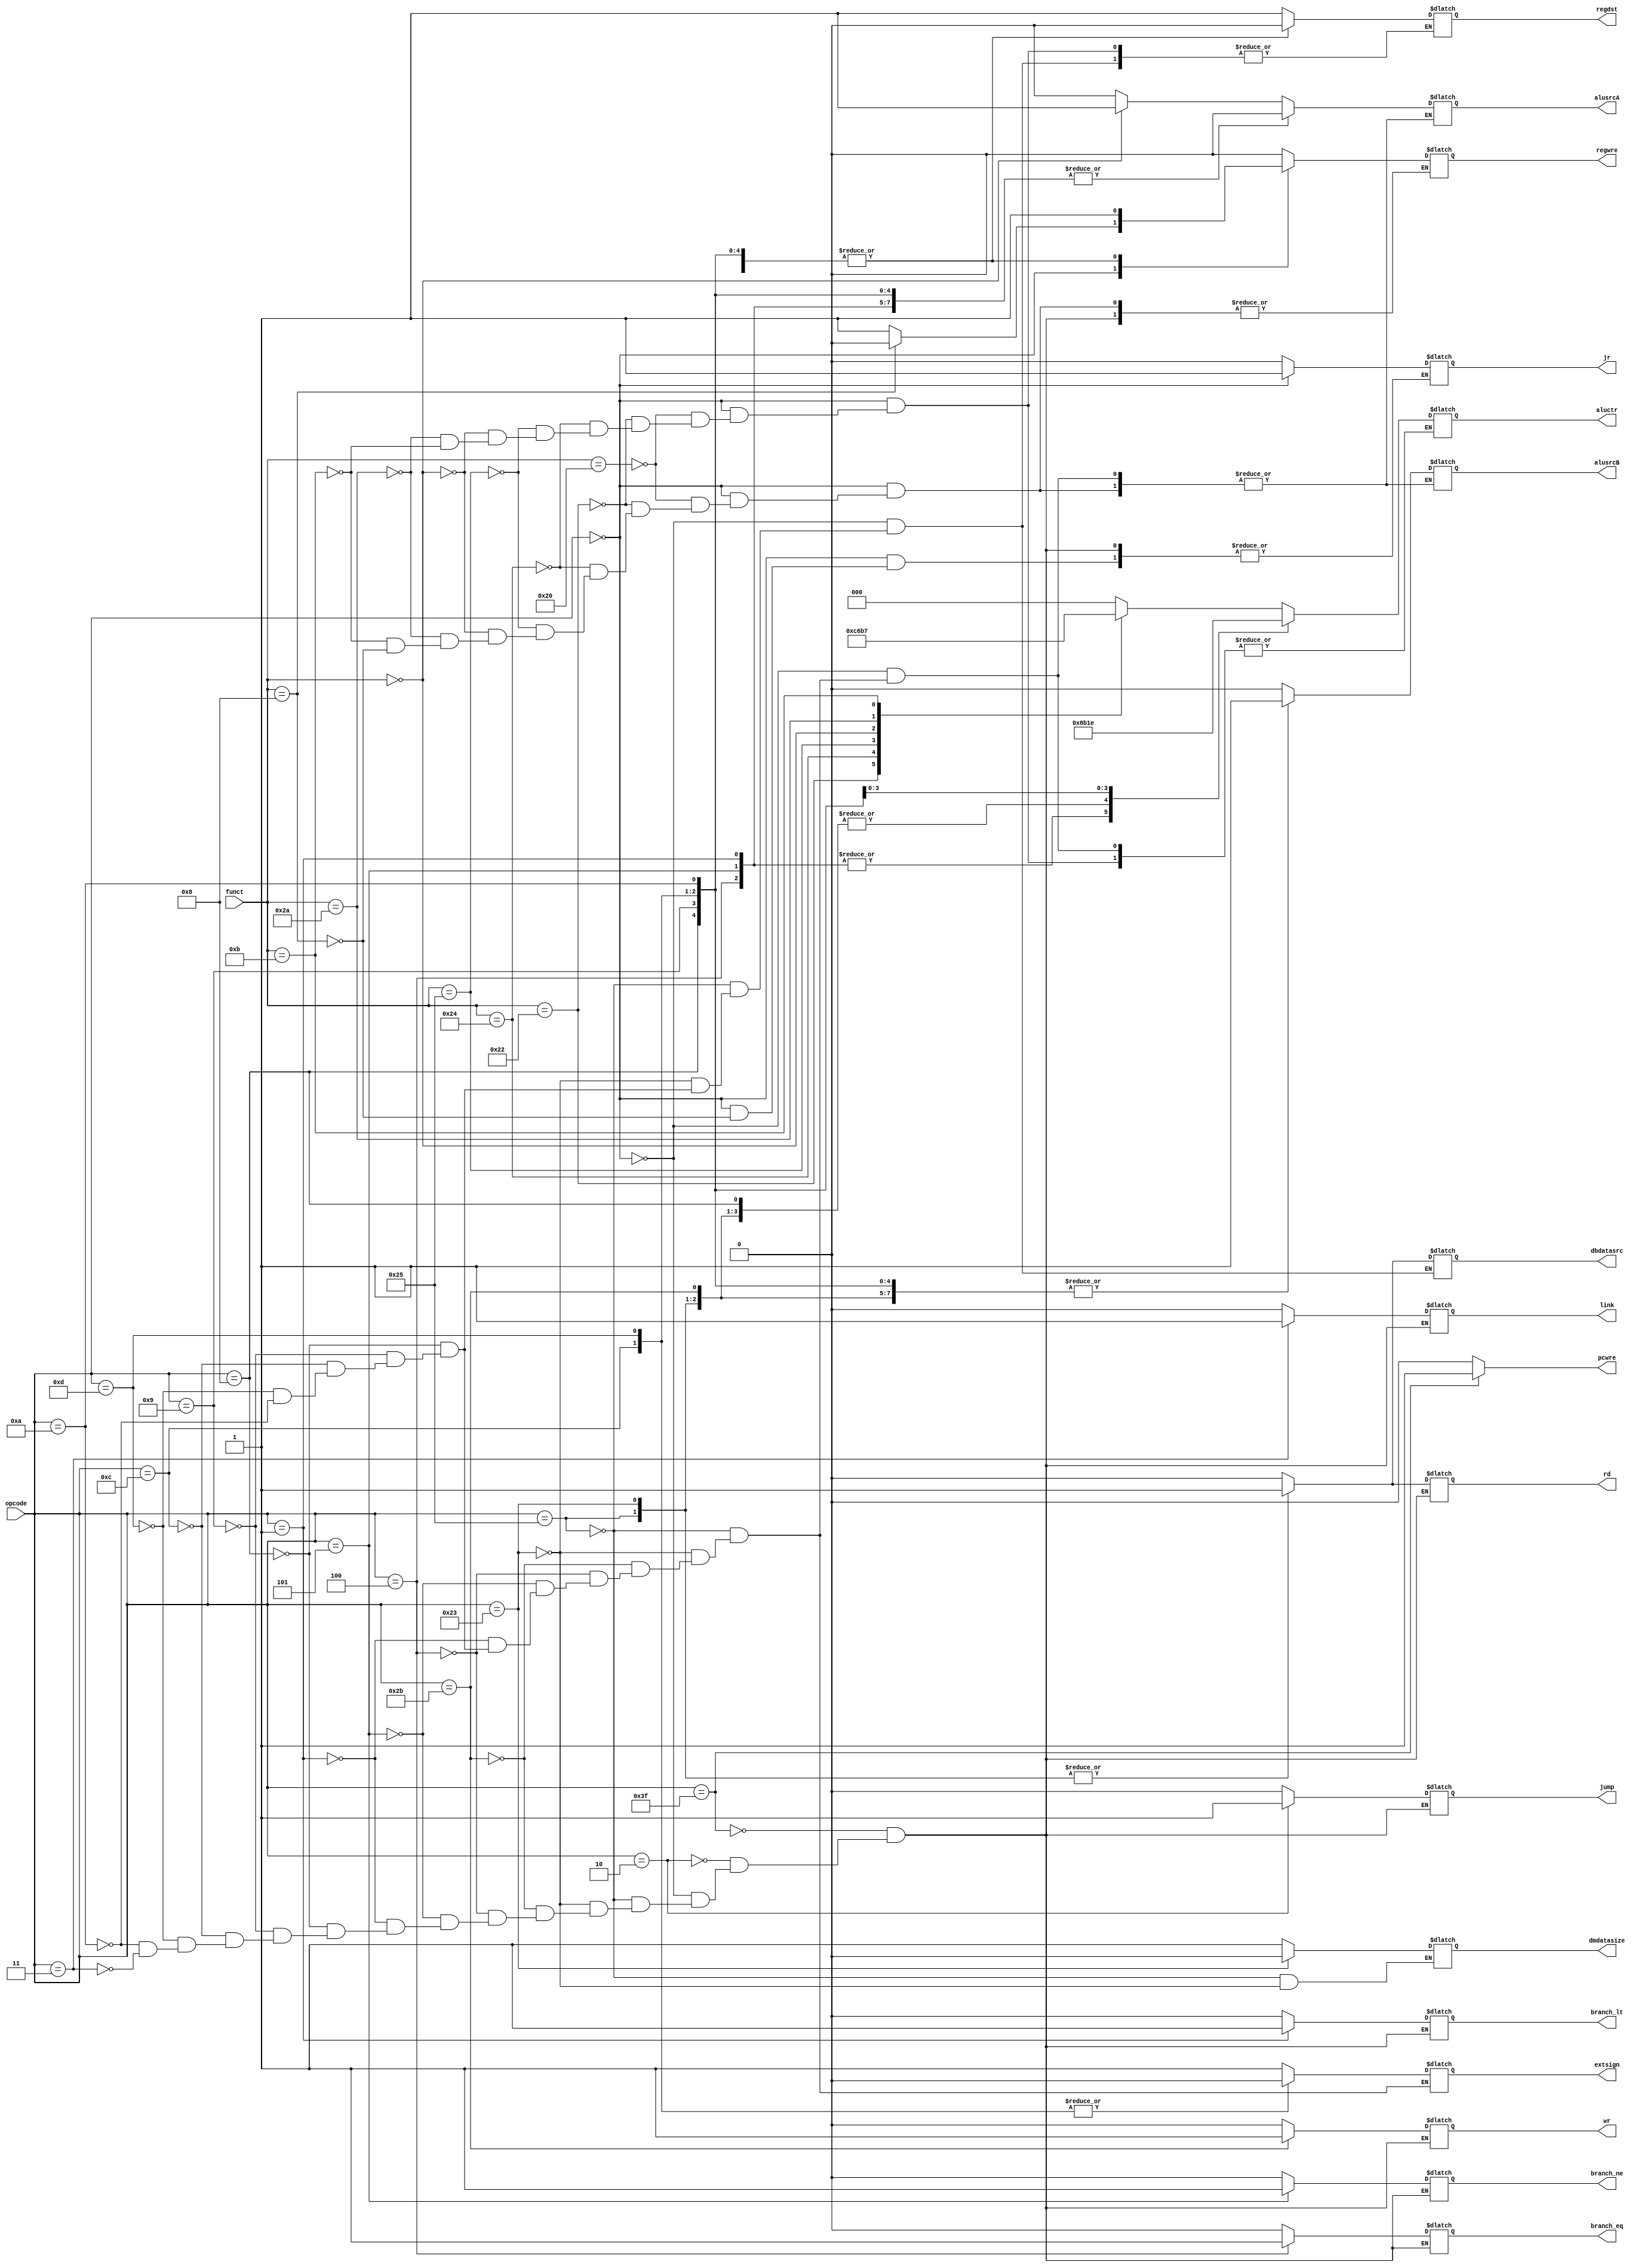
`ifndef _control
`define _control

module control(
    input [5:0] opcode, funct,
    output reg [2:0] aluctr,
    output reg pcwre,alusrcA,alusrcB,dbdatasrc,dmdatasize,regdst,regwre,rd,wr,
    output reg branch_eq,branch_ne,branch_lt,jump,jr,link,extsign
);
always @( * ) begin
        pcwre = (opcode==6'b111111)?1:0;//halt or not
        case(opcode)
            6'b111111: //halt
            begin
                rd = 0;
                wr = 0;
                regwre = 0;
                branch_eq = 0;
                branch_ne = 0;
                branch_lt = 0;
                link = 0;
                jr = 0;
                jump = 0;
            end
            6'b000010: //j
            begin
                rd = 0;
                wr = 0;
                regwre = 0;
                jump = 1;
                branch_eq = 0;
                branch_ne = 0;
                branch_lt = 0;
                link = 0;
                jr = 0;
            end
            6'b000000: //R
            begin
                rd = 0;
                wr = 0;
                dbdatasrc = 0;
                jump = 0;
                branch_eq = 0;
                branch_ne = 0;
                branch_lt = 0;
                link = 0;
                case (funct)
                    6'b100000: //add
                    begin
                        aluctr = 3'b000;
                        regdst = 1;
                        regwre = 1;
                        alusrcA = 0;
                        alusrcB = 0; 
                    end
                    6'b100010: //sub
                    begin
                        aluctr = 3'b001;
                        regdst = 1;
                        regwre = 1;
                        alusrcA = 0;
                        alusrcB = 0;
                    end
                    6'b100100: //and
                    begin
                        aluctr = 3'b100;
                        regdst = 1;
                        regwre = 1;
                        alusrcA = 0;
                        alusrcB = 0;
                    end
                    6'b100101: //or
                    begin
                        aluctr = 3'b011;
                        regdst = 1;
                        regwre = 1;
                        alusrcA = 0;
                        alusrcB = 0;
                    end
                    6'b000000: //sll
                    begin
                        aluctr = 3'b010;
                        regdst = 1;
                        regwre = 1;
                        alusrcA = 1;
                        alusrcB = 0;
                    end 
                    6'b101010: //slt
                    begin
                        aluctr = 3'b110;
                        regdst = 1;
                        regwre = 1;
                        alusrcA = 0;
                        alusrcB = 0;
                    end
                    6'b001011: //movn
                    begin
                        aluctr = 3'b111;
                        regdst = 1;
                        regwre = 1;
                        alusrcA = 0;
                        alusrcB = 0;
                    end
                    6'b001000: //jr
                    begin
                        regwre = 0;
                        alusrcA = 0;
                        alusrcB = 0;
                        jr = 1;
                    end
                endcase
            end
            6'b100101: //lhu
            begin
                aluctr = 3'b000;
                rd = 1;
                wr = 0;
                regdst = 0;
                regwre = 1;
                dbdatasrc = 1;
                dmdatasize = 1;
                alusrcA = 0;
                alusrcB = 1;
                extsign = 1;
                jump = 0;
                branch_eq = 0;
                branch_ne = 0;
                branch_lt = 0;
                link = 0;
                jr = 0;
            end
            6'b100011: //lw
            begin
                aluctr = 3'b000;
                rd = 1;
                wr = 0;
                dbdatasrc = 1;
                dmdatasize = 0;
                regdst = 0;
                regwre = 1;
                alusrcA = 0;
                alusrcB = 1;
                extsign = 1;
                jump = 0;
                branch_eq = 0;
                branch_ne = 0;
                branch_lt = 0;
                link = 0;
                jr = 0;
            end
            6'b101011: //sw
            begin
                aluctr = 3'b000;
                wr = 1;
                rd = 0;
                regwre = 0;
                alusrcA = 0;
                alusrcB = 1;
                extsign = 1;
                jump = 0;
                branch_eq = 0;
                branch_ne = 0;
                branch_lt = 0;
                link = 0;
                jr = 0;
            end
            6'b000100: //beq
            begin
                rd = 0;
                wr = 0;
                aluctr = 3'b001;
                regwre = 0;
                alusrcA = 0;
                alusrcB = 0;
                extsign = 1;
                jump = 0;
                branch_eq = 1;
                branch_ne = 0;
                branch_lt = 0;
                link = 0;
                jr = 0;
            end
            6'b000101: //bne
            begin
                rd = 0;
                wr = 0;
                aluctr = 3'b001;
                regwre = 0;
                alusrcA = 0;
                alusrcB = 0;
                extsign = 1;
                jump = 0;
                branch_eq = 0;
                branch_ne = 1;
                branch_lt = 0;
                link = 0;
                jr = 0;
            end
            6'b000001: //bltz
            begin
                rd = 0;
                wr = 0;
                aluctr = 3'b001;
                regwre = 0;
                alusrcA = 0;
                alusrcB = 0;
                extsign = 1;
                jump = 0;
                branch_eq = 0;
                branch_ne = 0;
                branch_lt = 1;
                link = 0;
                jr = 0;
            end
            6'b001000: //addi
            begin
                rd = 0;
                wr = 0;
                aluctr = 3'b000;
                dbdatasrc = 0;
                regdst = 0;
                regwre = 1;
                alusrcA = 0;
                alusrcB = 1;
                extsign = 1;
                jump = 0;
                branch_eq = 0;
                branch_ne = 0;
                branch_lt = 0;
                link = 0;
                jr = 0;
            end
            6'b001001: //addiu
            begin
                aluctr = 3'b101;
                regdst = 0;
                regwre = 1;
                rd = 0;
                wr = 0;
                dbdatasrc = 0;
                alusrcA = 0;
                alusrcB = 1;
                jump = 0;
                branch_eq = 0;
                branch_ne = 0;
                branch_lt = 0;
                link = 0;
                jr = 0;
                extsign = 1;
            end
            6'b001100: //andi
            begin
                rd = 0;
                wr = 0;
                aluctr = 3'b100;
                dbdatasrc = 0;
                regdst = 0;
                regwre = 1;
                alusrcA = 0;
                alusrcB = 1;
                extsign = 0;
                jump = 0;
                branch_eq = 0;
                branch_ne = 0;
                branch_lt = 0;
                link = 0;
                jr = 0;
            end
            6'b001101: //ori
            begin
                rd = 0;
                wr = 0;
                aluctr = 3'b011;
                dbdatasrc = 0;
                regdst = 0;
                regwre = 1;
                alusrcA = 0;
                alusrcB = 1;
                extsign = 0;
                jump = 0;
                branch_eq = 0;
                branch_ne = 0;
                branch_lt = 0;
                link = 0;
                jr = 0;
            end
            6'b001010: //slti
            begin
                rd = 0;
                wr = 0;
                aluctr = 3'b110;
                dbdatasrc = 0;
                regdst = 0;
                regwre = 1;
                alusrcA = 0;
                alusrcB = 1;
                extsign = 1;
                jump = 0;
                branch_eq = 0;
                branch_ne = 0;
                branch_lt = 0;
                link = 0;
                jr = 0;
            end
            6'b000011: //jal
            begin 
                regwre = 0;
                rd = 0;
                wr = 0;
                jump = 0;
                branch_eq = 0;
                branch_ne = 0;
                branch_lt = 0;
                link = 1;
                jr = 0;
            end
        endcase
    end
endmodule // control

`endif